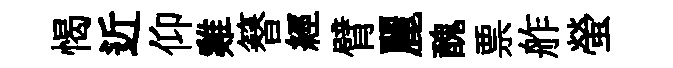
愒近仰雞簮經臂麗醜票舴螢